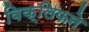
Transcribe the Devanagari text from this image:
विक्लिफने